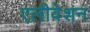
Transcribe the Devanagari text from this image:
एलीवेशन